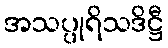
အသပ္ပုရိသဒိဋ္ဌီ